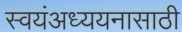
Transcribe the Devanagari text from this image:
स्वयंअध्ययनासाठी